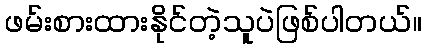
ဖမ်းစားထားနိုင်တဲ့သူပဲဖြစ်ပါတယ်။